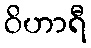
ဝိဟာရီ